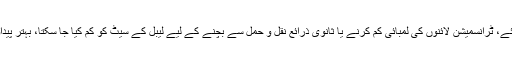
فوائد: ایک مشین مشین کے اخراجات بچانے کے لئے، ٹرانسمیشن لائنوں کی لمبائی کم کرنے یا ثانوی ذرائع نقل و حمل سے بچنے کے لیے لیبل کے سیٹ کو کم کیا جا سکتا، بہتر پیداوار کی کارکردگی میں اضافہ اور منزل کی جگہ ۔